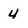
Character: 4